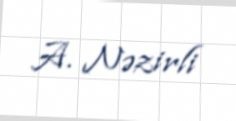
A. Nəzirli